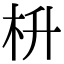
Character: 枡